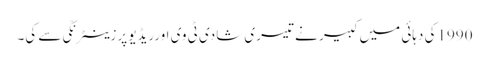
1990کی دہائی میں کبیر نے تیسری شادی ٹی وی اورریڈیو پرزینٹرنکّی سے کی۔